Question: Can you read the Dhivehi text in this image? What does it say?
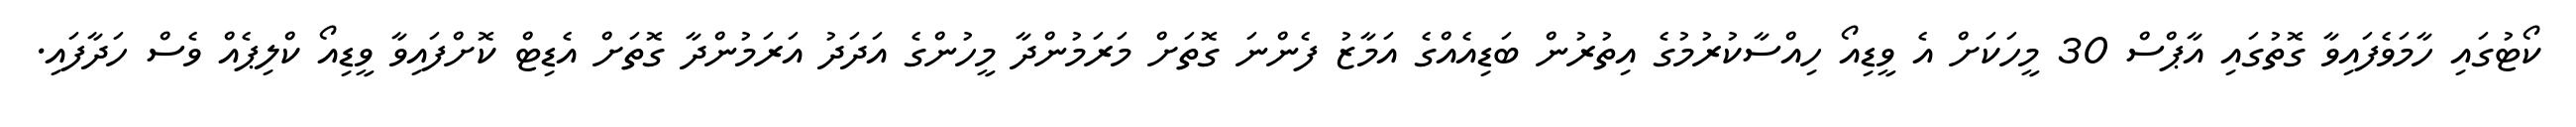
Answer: ކޯޓުގައި ހާމަވެފައިވާ ގޮތުގައި އާޕްސް 30 މީހަކަށް އެ ވީޑިއޯ ހިއްސާކުރުމުގެ އިތުރުން ބަޑިއެއްގެ އަމާޒު ފެންނަ ގޮތަށް މަރަމުންދާ މީހުންގެ އަދަދު އަރަމުންދާ ގޮތަށް އެޑިޓް ކޮށްފައިވާ ވީޑިއޯ ކްލިޕެއް ވެސް ހަދާފައި.